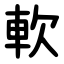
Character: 軟